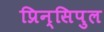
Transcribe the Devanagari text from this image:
प्रिन्सिपुल